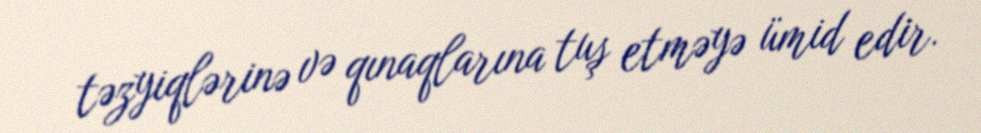
təzyiqlərinə və qınaqlarına tuş etməyə ümid edir.